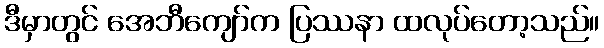
ဒီမှာတွင် အေဘီကျော်က ပြဿနာ ထလုပ်တော့သည်။